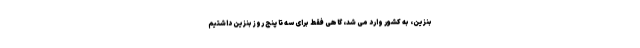
بنزین، به کشور وارد می شد، گاهی فقط برای سه تا پنج روز بنزین داشتیم